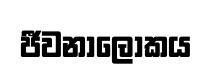
ජීවනාලෝකය